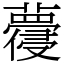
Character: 蘉